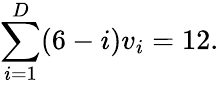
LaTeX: \sum_{i=1}^{D}(6-i)v_{i}=12.